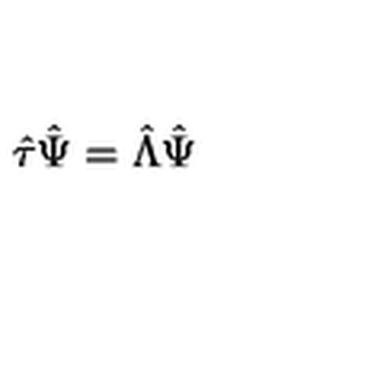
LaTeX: \hat { \tau } \hat { \Psi } = \hat { \Lambda } \hat { \Psi }